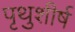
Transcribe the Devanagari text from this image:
पृथुशीर्ष